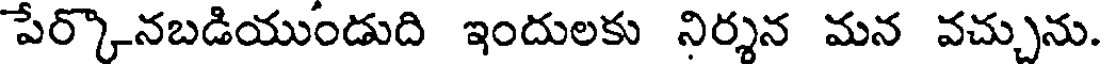
పేర్కొనబడియుండుది ఇందులకు నిర్శన మన వచ్చును.